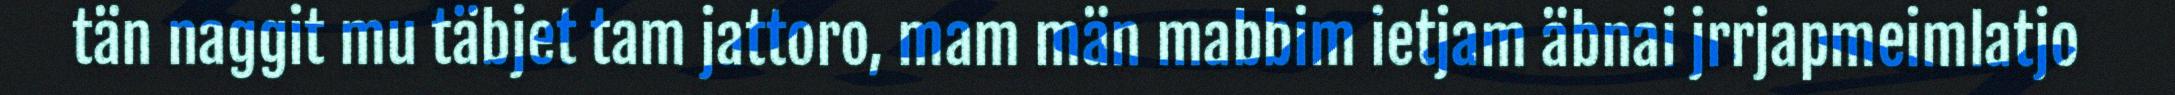
tän naggit mu täbjet tam jattoro, mam män mabbim ietjam äbnai jrrjapmeimlatjo